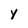
Character: y